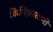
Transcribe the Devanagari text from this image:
किर्गिज़स्तानी